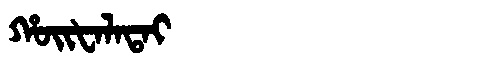
Manchu: ᡥᠣᡳᡶᠠᠯᠠᡨᠠᡳ
Romanization: HOIFALATAI